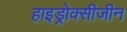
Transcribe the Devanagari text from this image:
हाइड्रोक्सीजीन